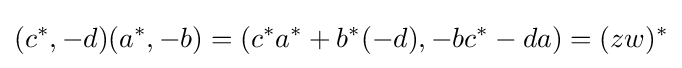
(c^{*},-d)(a^{*},-b)=(c^{*}a^{*}+b^{*}(-d),-bc^{*}-da)=(zw)^{*}